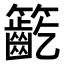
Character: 𥷳